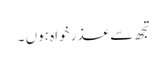
تجھ سے عذر خواہ ہوں ۔